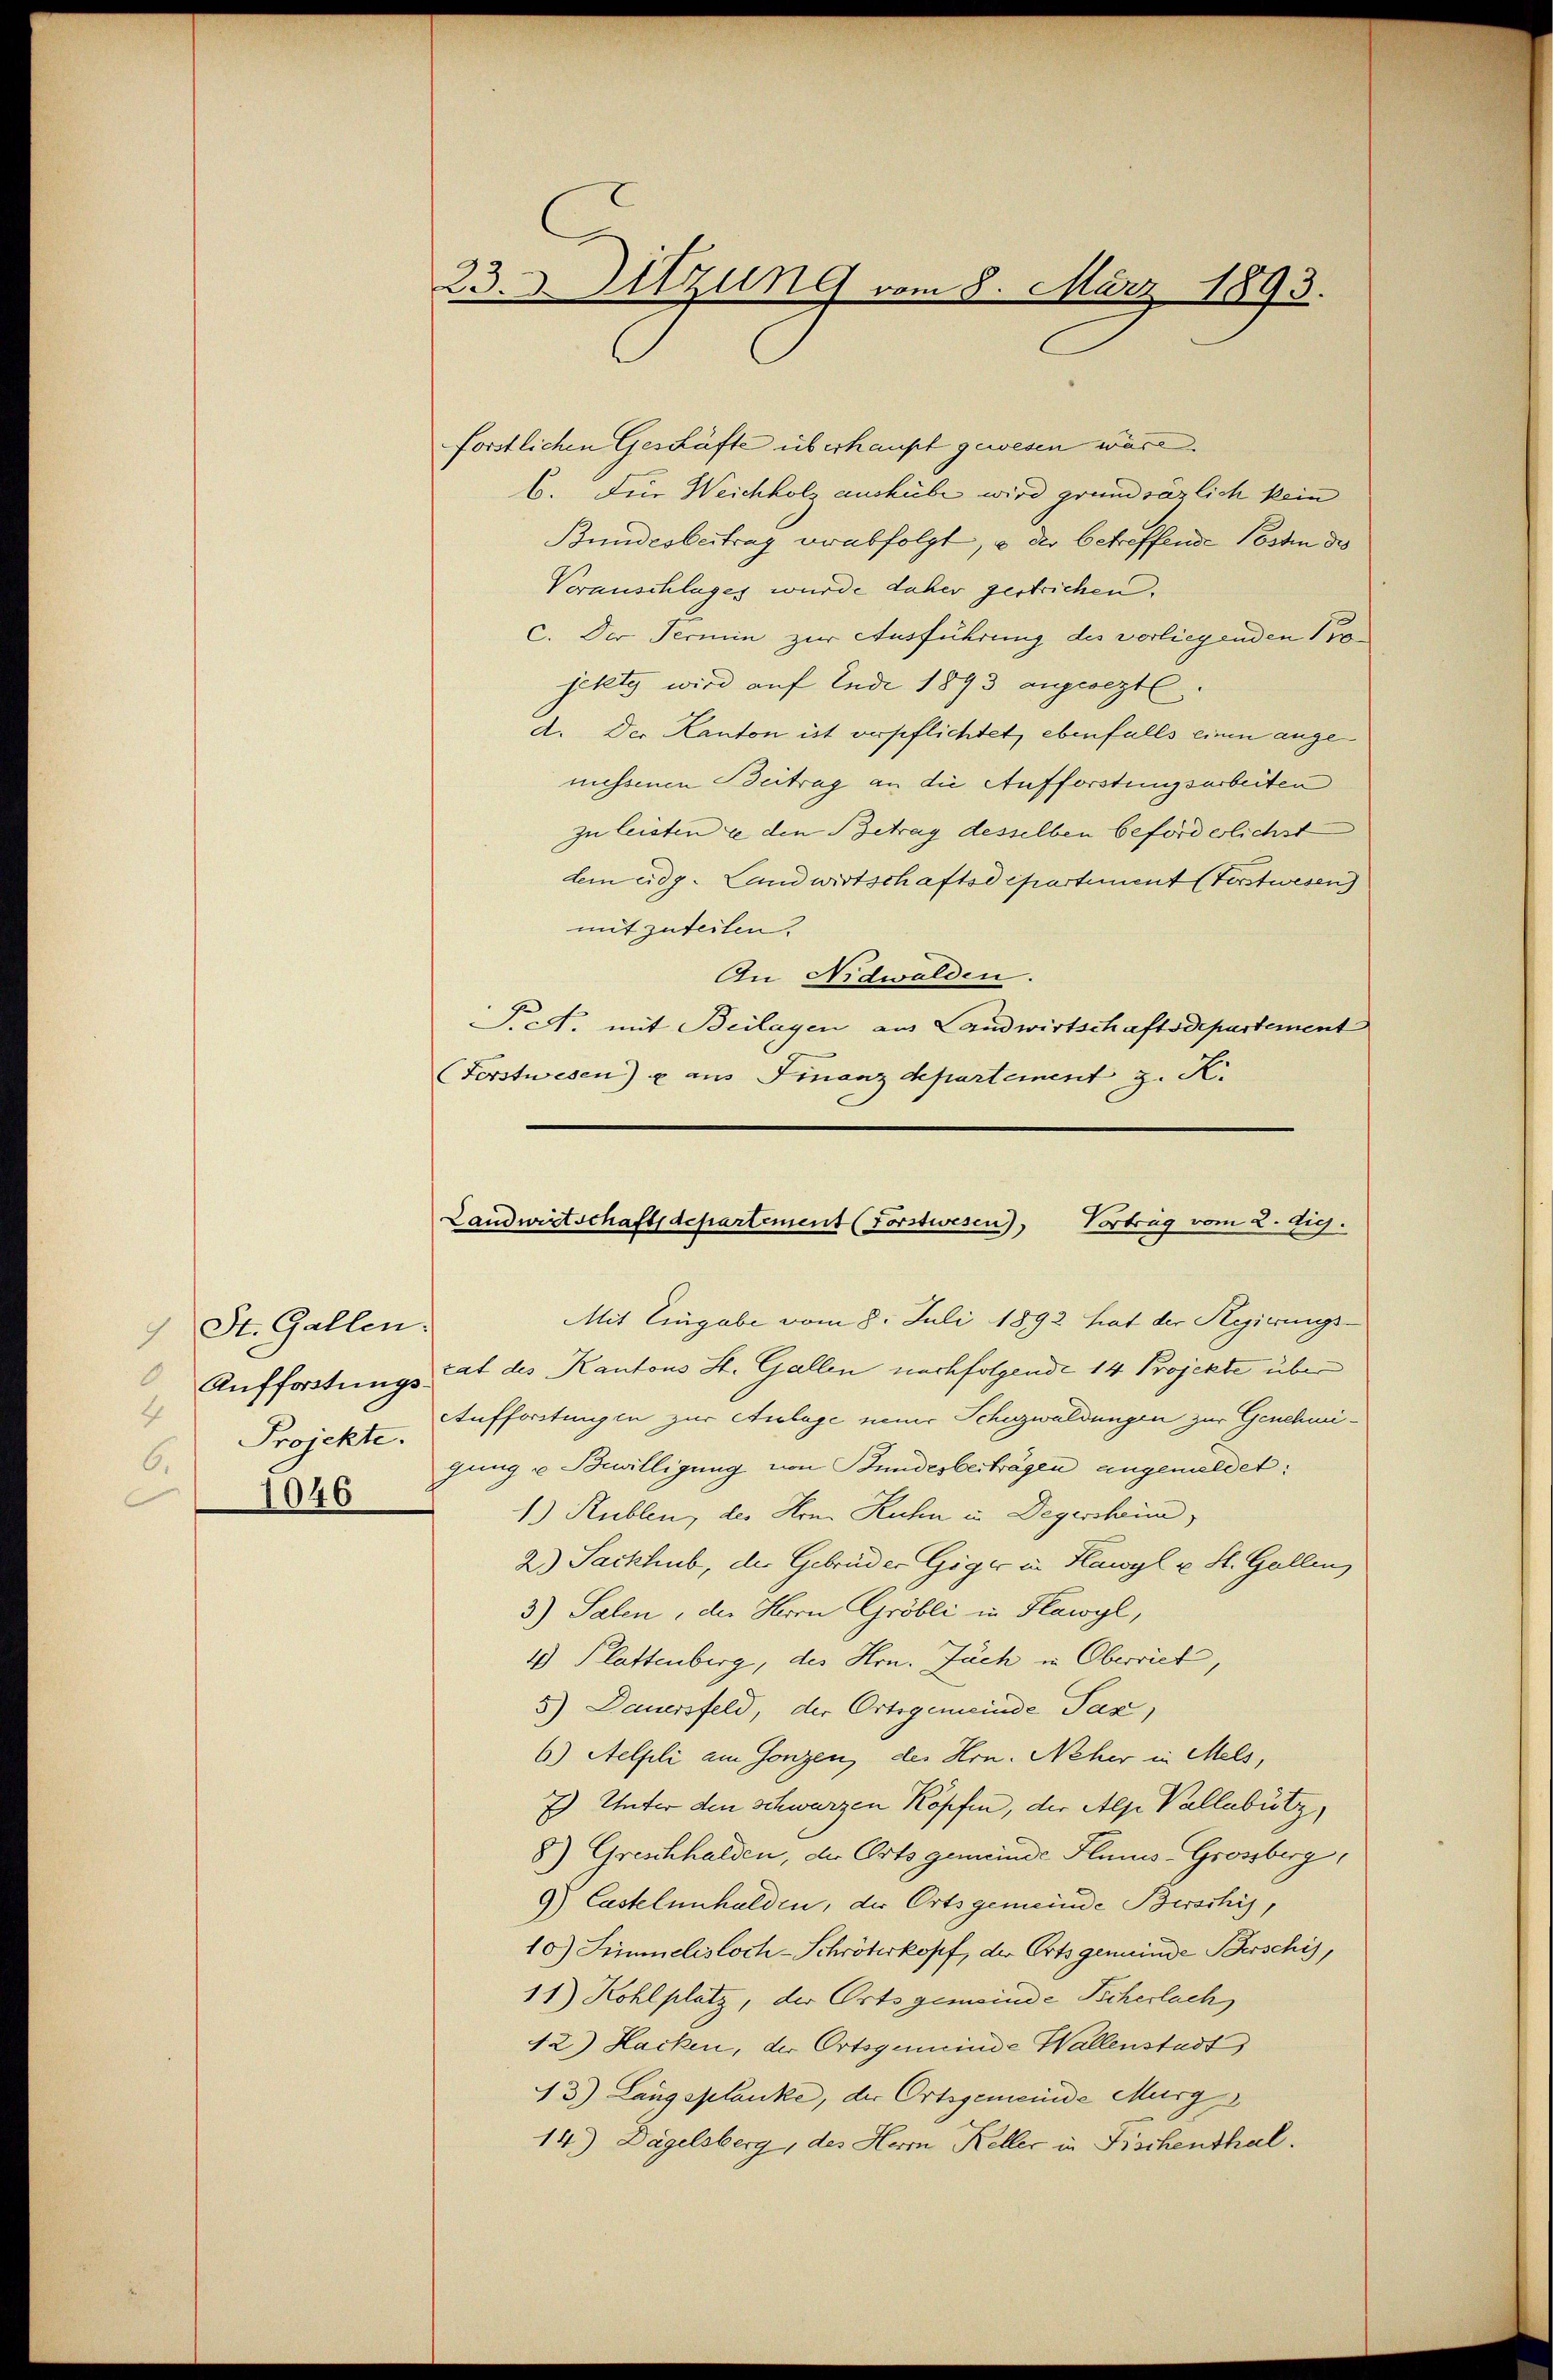
1 St. Gallen.
Auffordtungs
4
Projekte.
1046
e

23. d. Sitzung vom 8. März 1893.

forstlichen Geschäfte überhaupt gewesen wäre.
b. Für Weichholz auskübe wird grundsazlich kein
Bundesbeitrag verabfolgt, u der betreffende Posten des
Veranschlages wurde daher gestrichen.
c. Der Termin zur Ausführung des vorliegenden Projekte wird auf Ende 1893 angesezt.
d. Der Kanton ist verpflichtet, ebenfalls einen ange
messenen Beitrag an die Aufforstungsarbeiten
zu leisten ze den Betrag desselben beförderlichst
dem eidg. Landwirtschaftsdepartement (Vorstwesen
mitzuteilen.
An Nidwalden.
P.c. mit Beilagen aus Landwirtschaftsdepartement
(Forstwesen) u aus Finanzdepartement z. K.

Landwirtschaftsdepartement (Forstwesen, Vortrag vom 2. Aug.

Mit Eingabe vom 8. Juli 1892 hat der Regierungs-
rat des Kantons St. Gallen nachfolgende 14 Projekte über
Aufforstungen zur Anlage einer Schuzwuldungen zur Genehmigung u Bewilligung von Bundesberträgen angemeldet:
1.) Rublen, des Hrn. Kuhn in Degersheim,
2.) Sackhub, der Gebrüder Giger in Hawyl u. St. Gallen,
3.) Salen, der Herrn Gröbli in Flawyl,
4) Plattenberg, des Hrn. Juch in Oberrich,
5) Dauersfeld, der Ortsgemeinde Tax
6) Selfli am Gonzen, des Hrn. Neher in Mels,
7) Unter den schwarzen Köpfen, der Alpe Vallabütz,
8) Groschhalden, der Orts gemeinde Plums-Grossberg,
9) Castelnnhalden, der Ortsgemeinde Birschis,
10) Simmelisloch-Schröterkopf, der Orts gemeinde Berschi,
11) Kohlplatz, der Ortsgemeinde Sicherlach
42) Hacken, der Ortsgemeinde Wallenstadt)
13) Langsplanke, der Ortsgemeinde Murg
14.) Dagelsberg, des Herrn Keller in Fischenthal.